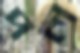
দল